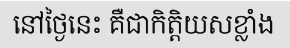
នៅថ្ងៃនេះ គឺជាកិត្តិយសខ្លាំង